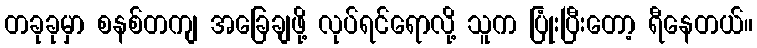
တခုခုမှာ စနစ်တကျ အခြေချဖို့ လုပ်ရင်ရောလို့ သူက ပြုံးပြီးတော့ ရီနေတယ်။